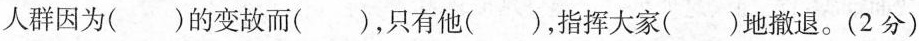
人群因为()的变故而()，只有他()，指挥大家()地撤退。(2分)